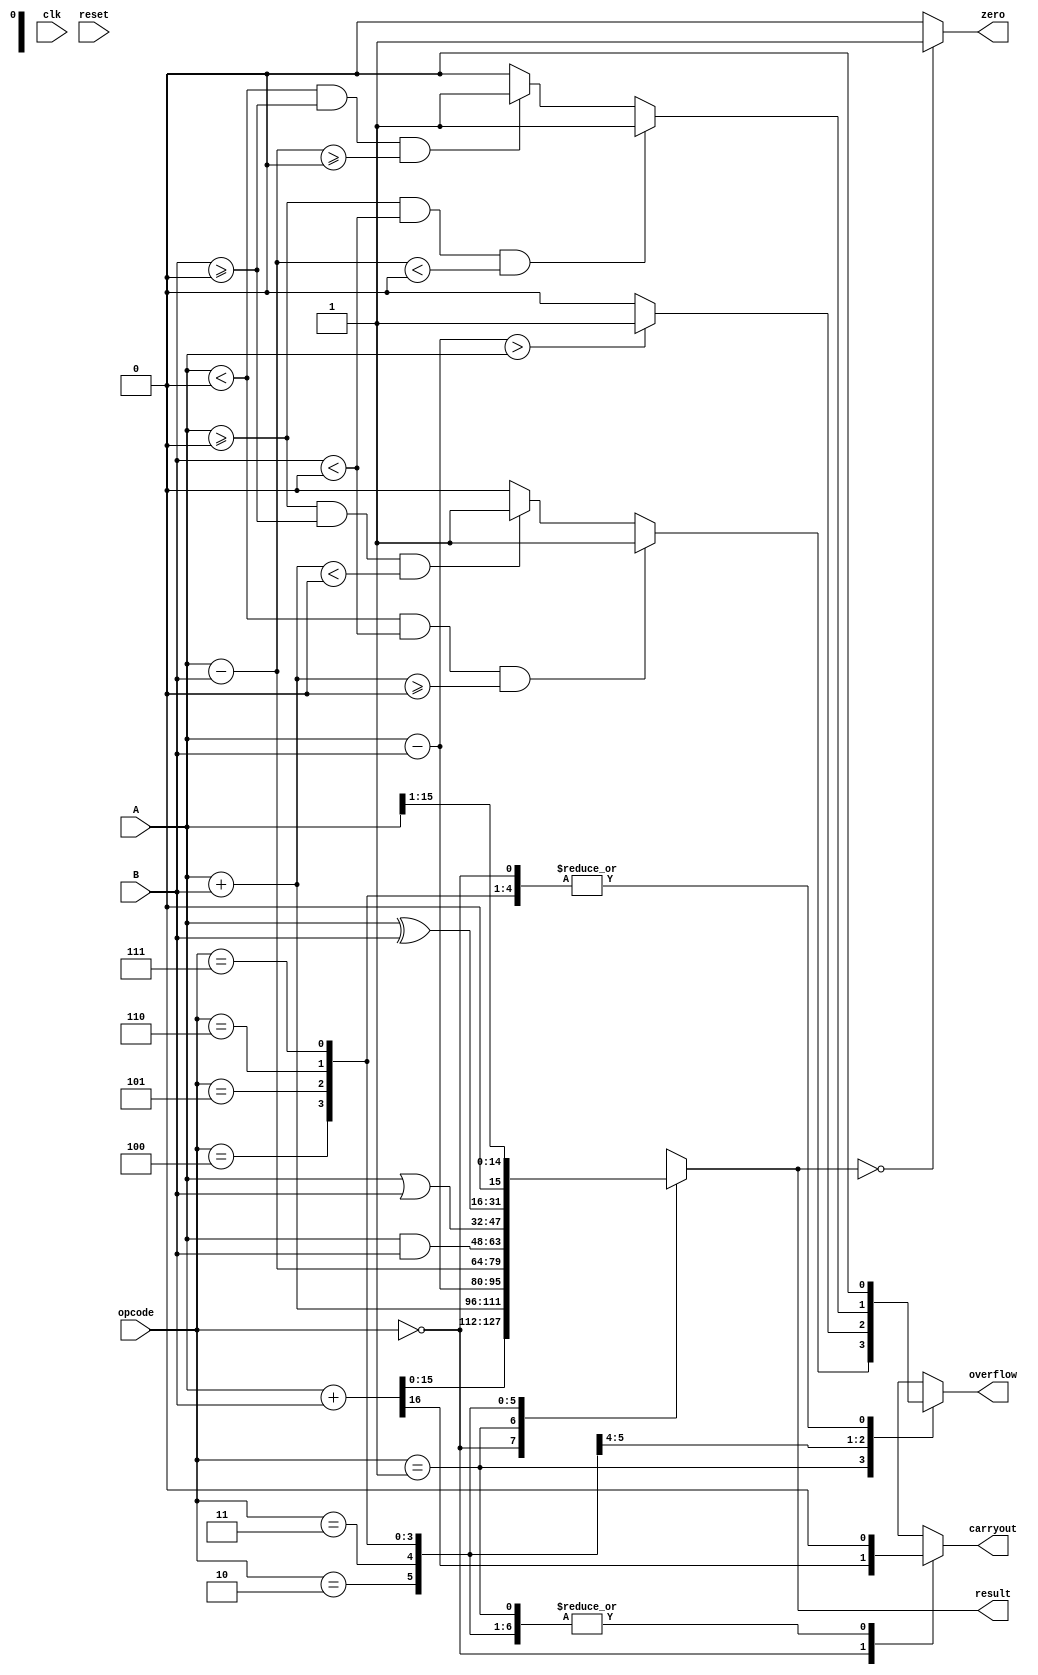
//=========================================================================
// Name & Email must be EXACTLY as in Gradescope roster!
// Name: Chandler Bottomley
// 
// Assignment name: 
// Lab section: 
// TA: 
// 
// I hereby certify that I have not received assistance on this assignment,
// or used code, from ANY outside source other than the instruction team
// (apart from what was provided in the starter file).
// Chandler Bottomeley
//=========================================================================

`timescale 1ns / 1ps

//  Constant definitions 

module myalu # ( parameter NUMBITS = 16 ) (
    input wire clk, 
    input wire reset ,  
    input  wire[NUMBITS-1:0] A, 
    input  wire[NUMBITS-1:0] B, 
    input wire [2:0]opcode, 
    output reg [NUMBITS-1:0] result,  
    output reg carryout ,
    output reg overflow , 
    output reg zero  );

// ------------------------------
// Insert your solution below
// ------------------------------ 

always@(*) begin

	case(opcode)
		3'b000: //unsigned add
		begin 
			result = A+B;
			overflow = 'd0;
			{carryout,result} = {1'b0,A} + {1'b0,B};
		end
		
		3'b001: //signed add
		begin
			result = $signed(A) + $signed(B);
			carryout = 'd0;
			overflow = 1'b0;
			if(($signed(A) < 0) && ($signed(B) <0) && ($signed(result) >= 0)) begin
				overflow = 1'b1;
			end
			else if(($signed(A) >= 0) && ($signed(B) >= 0) && ($signed(result) < 0)) begin
				overflow = 1'b1;
			end
		end
		
		3'b010: //unsigned subtract 
		begin 
			result = A - B;
			{carryout, result} = {1'b0, A} - {1'b0, B};
			carryout = 'd0;
			overflow = 1'b0;
			if( result > A) begin
			overflow = 1'b1;
			end
		end
		
		3'b011: //signed subtract 
		begin 
			result = $signed(A) - $signed(B);
			carryout = 'd0;
			overflow = 1'b0;
			if(($signed(A) >= 0) && ($signed(B) <0) && ($signed(result) < 0)) begin
				overflow = 1'b1;
			end
			else if(($signed(A) < 0) && ($signed(B) >= 0) && ($signed(result) >= 0)) begin
				overflow = 1'b1;
			end
		end
		
		3'b100: //bit wise AND 
		begin 
			result = A&B;
			overflow = 'd0;
			carryout = 'd0;
		end
		
		3'b101: //bit wise OR 
		begin 
			result = A|B;
			overflow = 'd0;
			carryout = 'd0;
		end
		
		3'b110: //bit wise XOR 
		begin 
			result = A^B;
			overflow = 'd0;
			carryout = 'd0;
		end
		
		3'b111: //Divide A by 2
		begin 
			result = A >> 1;
			overflow = 'd0;
			carryout = 'd0;
		end
		
		
	endcase
	
	if(result == {NUMBITS{1'b0}}) begin 
		zero <= 1'b1;
	end
	else begin
		zero <= 1'b0;
	end
	
	end

endmodule